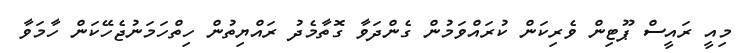
މިއީ ރައީސް ޕޫޓިން ވެރިކަން ކުރައްވަމުން ގެންދަވާ ގޮތާމެދު ރައްޔިތުން ހިތްހަމަނުޖެހޭކަން ހާމަވާ